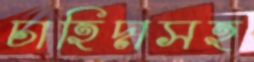
চাহিদাসহ